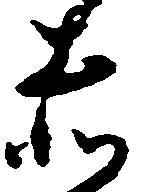
赤